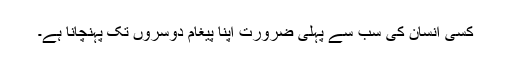
کسی انسان کی سب سے پہلی ضرورت اپنا پیغام دوسروں تک پہنچانا ہے۔